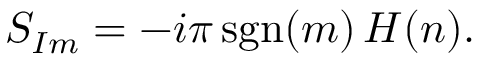
S _ { I m } = - i \pi \, \mathrm { s g n } ( m ) \, H ( n ) .